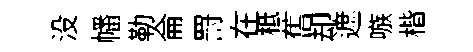
没幡勒侖罸在柢𦾔却遮嗾楷